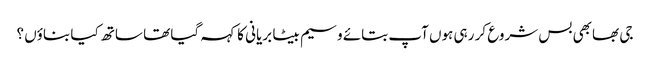
جی بھابھی بس شروع کر رہی ہوں آپ بتائے وسیم بیٹا بریانی کا کہہ گیا تھا ساتھ کیا بناؤں ؟